Eesti_Rahvusfond, lk 19
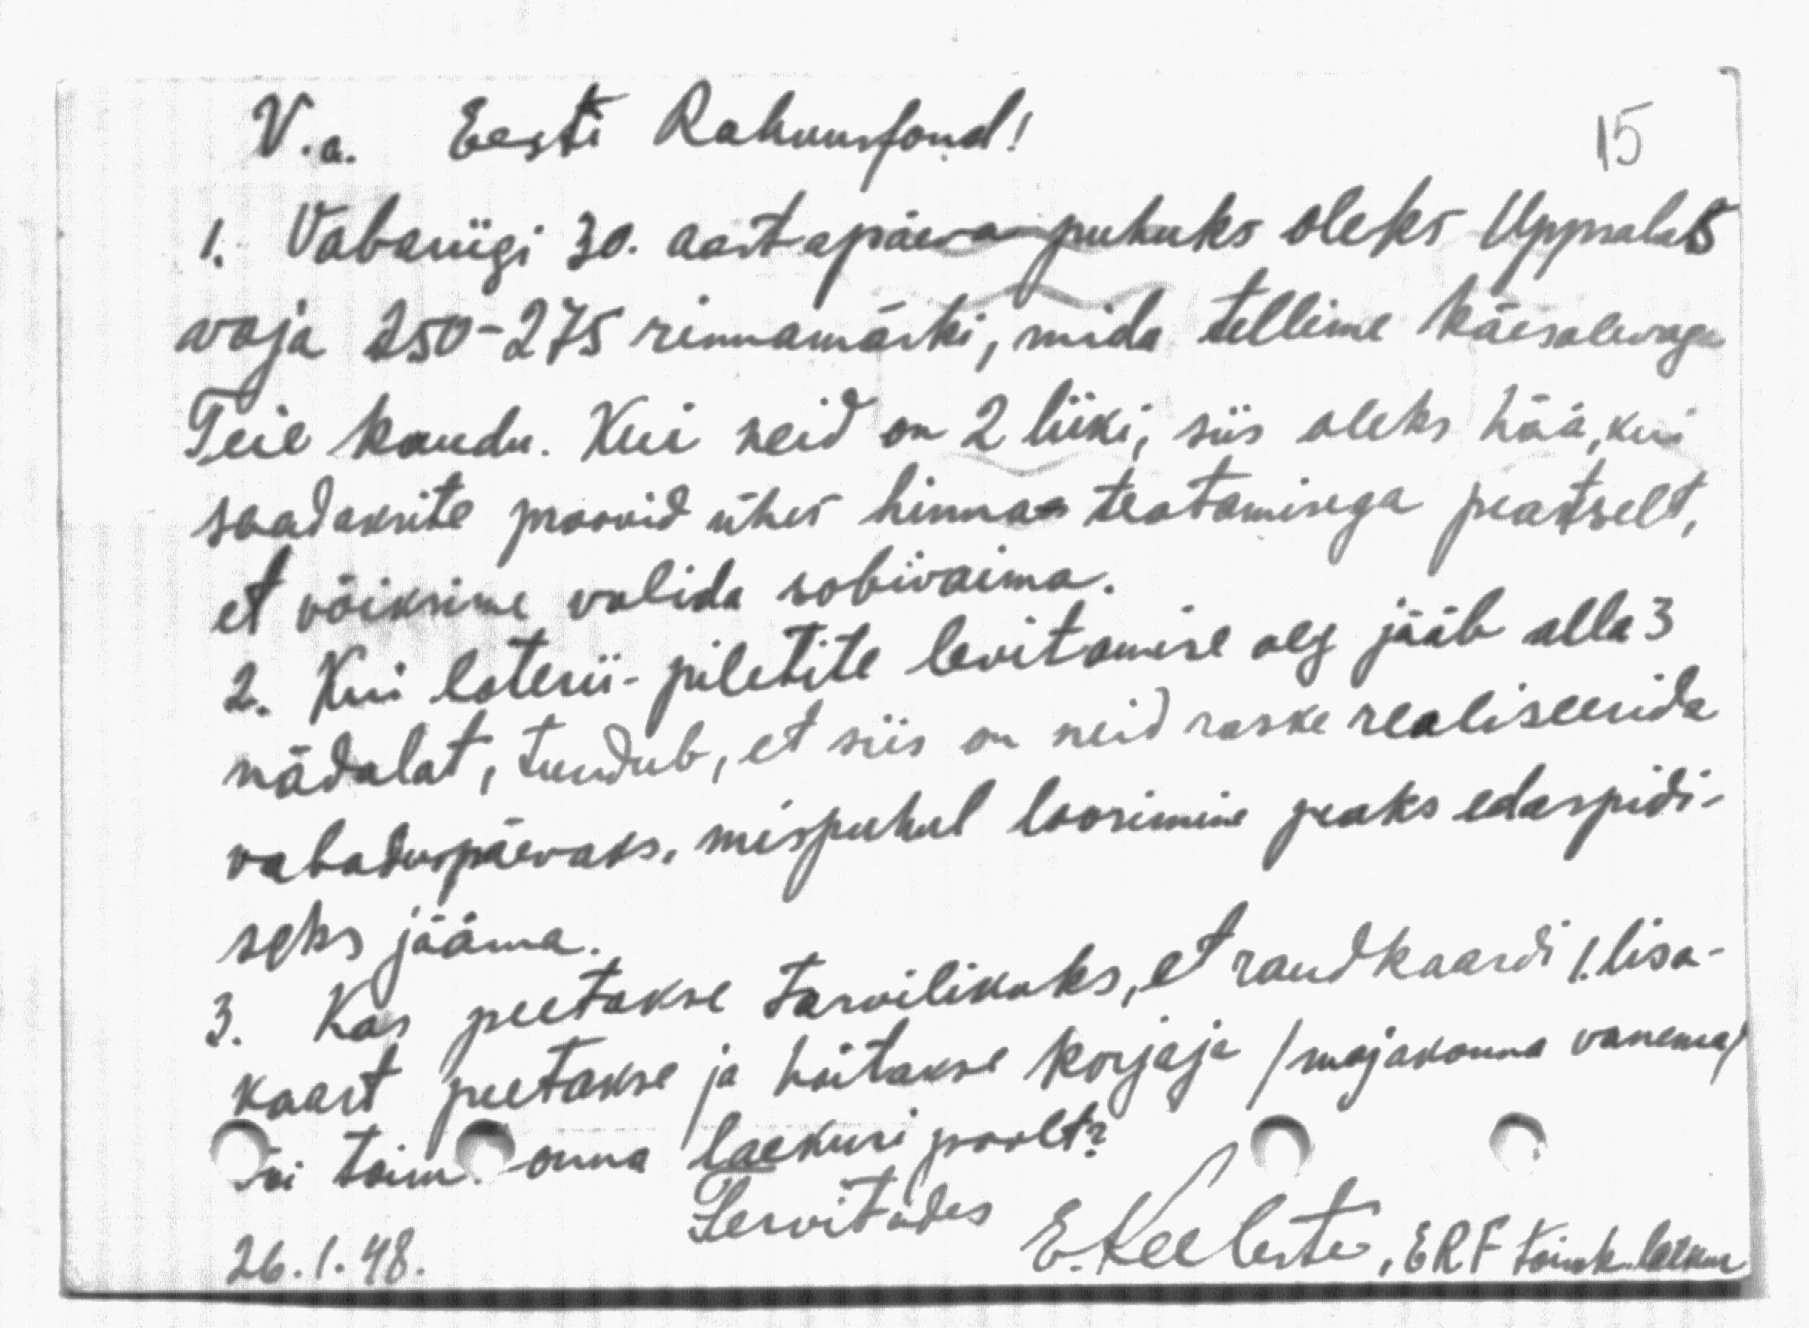
V.a. Eesti Rahvusfond!
1. Vabariigi 30. aastapäewa puhuks oleks Uppsalas
vaja 250-275 rinnamärki, mida tellime käesolevaga
Teie kaudu. Kui neid on 2 liiki, siis oleks hää, kui
saadaksite proovid ühes hinna teatamisega peatselt,
et võiksime valida sobivaima.
2. Kui loterii-piletite levitamise aeg jääb alla 3
nädalat, tundub, et siis on neid raske realiseerida
vabaduspäevaks, mispuhul loosimine peaks edaspidi-
seks jääma.
3. Kas peetakse tarvilikuks, et raudkaardi 1 lisa-
kaart peetakse ja hoitakse korjaja /majakonna vanema/
või toimkonna laekuri poolt?
Tervitades
26.1.48.
E. Keeleste, ERF toimk. laekur